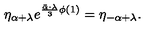
\eta _ { \alpha + \lambda } e ^ { { \frac { \bar { \alpha } \cdot \lambda } { 3 } } \phi ( 1 ) } = \eta _ { - \alpha + \lambda } .